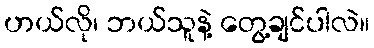
ဟယ်လို၊ ဘယ်သူနဲ့ တွေ့ချင်ပါလဲ။